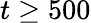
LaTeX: t\ge 500